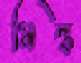
সিল্ক